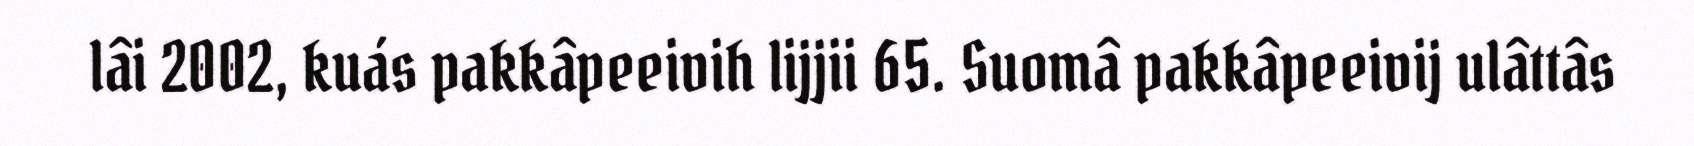
lâi 2002, kuás pakkâpeeivih lijjii 65. Suomâ pakkâpeeivij ulâttâs